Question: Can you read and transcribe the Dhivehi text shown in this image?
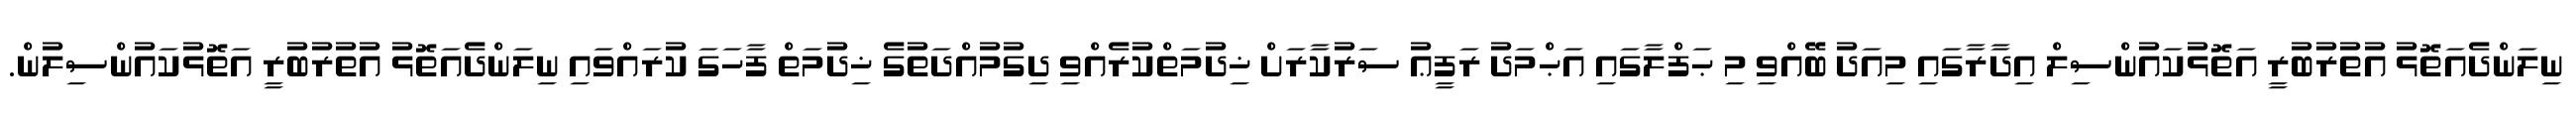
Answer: ނިލަންދެއަތޮޅު އުތުރުބުރީ އަތޮޅުކައުންސިލް އިދާރާގައި މިއަދު ބޭއްވި މި ޙަފްލާގައި އަޙްމަދު ރަފީޢު ސަރުކާރަށް ޚިދުމަތްކުރެއްވި ދިގުމުއްދަތުގެ ޚިދުމަތް ފާހަގަ ކުރައްވައި ނިލަންދެއަތޮޅު އުތުރުބުރީ އަތޮޅުކައުންސިލުން.